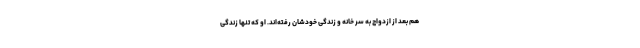
هم بعد از ازدواج به سر خانه و زندگی خودشان رفته‌اند. او که تنها زندگی‌